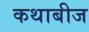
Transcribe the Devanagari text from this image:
कथाबीज